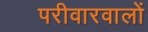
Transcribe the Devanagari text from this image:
परीवारवालों